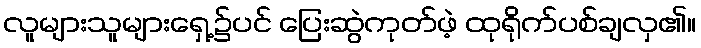
လူများသူများရှေ့၌ပင် ပြေးဆွဲကုတ်ဖဲ့ ထုရိုက်ပစ်ချလှ၏။